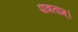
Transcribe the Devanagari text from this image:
पात्रताम्।